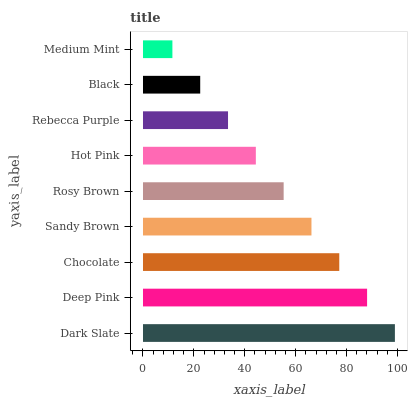
| yaxis_label | bars |
 | --- | --- |
 | Dark Slate | 99 |
 | Deep Pink | 88.1 |
 | Chocolate | 77.1 |
 | Sandy Brown | 66.2 |
 | Rosy Brown | 55.3 |
 | Hot Pink | 44.3 |
 | Rebecca Purple | 33.4 |
 | Black | 22.5 |
 | Medium Mint | 11.6 |